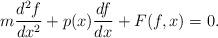
LaTeX: \begin{align*}m\frac{d^{2}f}{dx^{2}}+p(x)\frac{df}{dx}+F(f,x)=0.\end{align*}